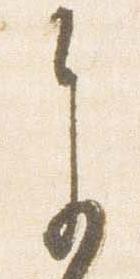
参